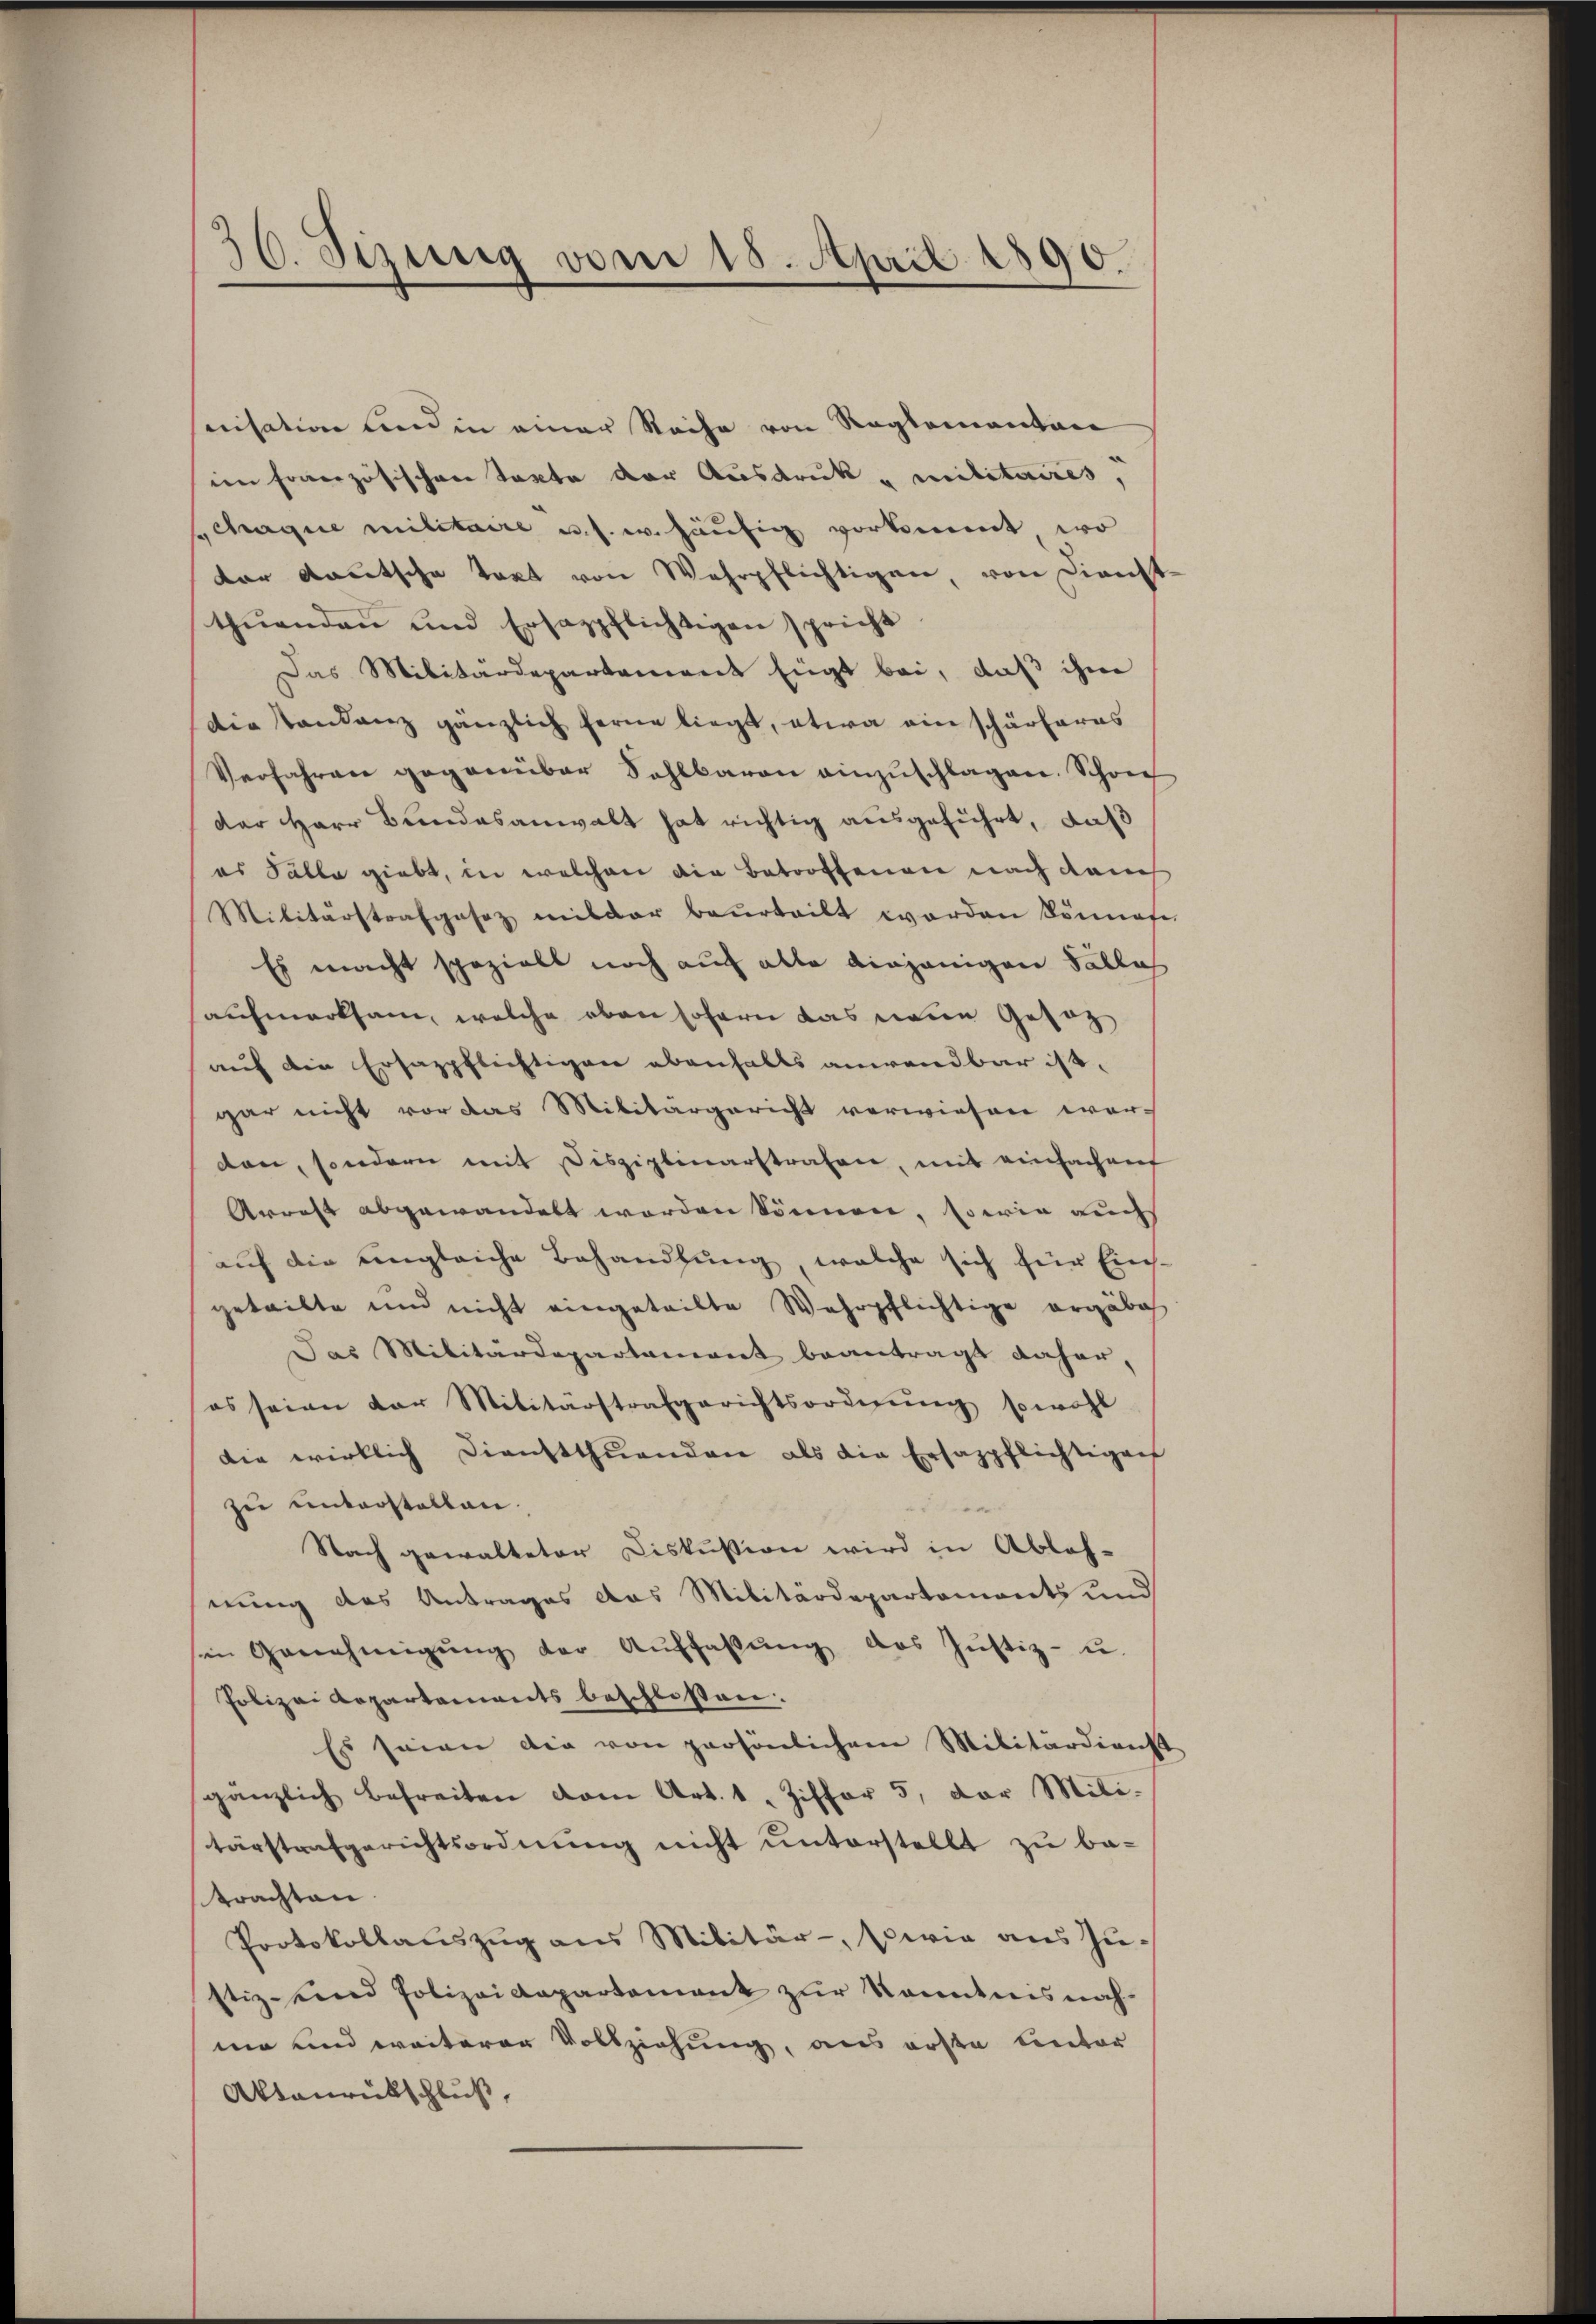
36. Sizung vom 15. April 1890.

nisation und in einer Reihe von Reglementan
im französischen Texte der Ausdruk u militaires,
schargie militaire u. s. w. häufig vorkommt, wo
der deutsche Takt von Wehrpflichtigen, von Dienst-
thuenden und Ersazpflichtigen spricht
Das Militärdepartement Eügt bei, daß ihm
die Standenz gänzlich ferne liegt, etwa ein schärferes
Verfahren gegenüber Sahlbaren einzŭschlagen. Schon
der Herr Bundesanwalt hat richtig ausgeführt, daß
es Palla giebt, in welchen die Betroffenen nach dan
Militärstrafgesez mit der beurteilt worden könnte.
Es macht spezielt noch auch alle einjenigen Sallas
aufmerksam, welche eben sofern das neue Gesag
auf die Ersazpflichtigen ebenfalls anwendbar ist,
gar nicht vor das Militärgericht verwiesen wor-
ton, sondern mit Disziplinarstrafen, mit einfachent
Arrest abgewandelt worden können, sowie auch
auf die ungleiche Behandlung, welche sich für Eingeteilte und nicht eingeteilte Wehrpflichtige ergäbe
Das Militärdepartement beantragt daher,
es seien der Militärstrafgerichtsordnŭng sowohl
die wirklich Dienstthuenden als die Ersazpflichtigen
zu unterstellen.
Nach gewalteter Diskussion wird in Ableh-
nung des Antrages das Militärdepartemonts und
sein Genehmigŭng der Aŭffaβŭng das Justiz- u.
Polizei Repartements beschlossen.
Es seien die von persönlichem Militärdienst
gänzlich befreiten vom Art. 1, Ziffer 5. der Mili-
tärstrafgerichtsordnŭng nicht ŭnterstellt zŭ be-
trachten.
Protokollaŭszŭg ans Militär- sowie aus Zu-
stiz-Kind Polizeidepartement zur Kenntnis nach-
ma und weiterer Vollziehung, aus erste unter
Aktanrückschluß,